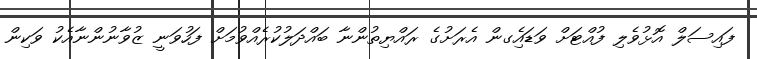
ފައިސަލް އޮޅުވެލި ފުއްޓަށް ވަޑައިެގން އެރަށުގެ ރައްޔިތުންނާ ބައްދަލުކުރެއްވުމަށް ފަހުވަނީ ޒުވާނުންނާއެކު ވަކިން